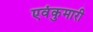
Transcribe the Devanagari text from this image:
एवंकुमारी